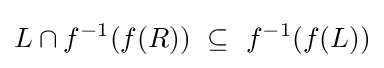
L\cap f^{-1}(f(R))~\subseteq ~f^{-1}(f(L))